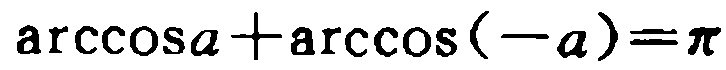
\(\arccos a+\arccos(-a)=\pi\)